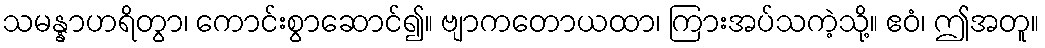
သမန္နာဟရိတွာ၊ ကောင်းစွာဆောင်၍။ ဗျာကတောယထာ၊ ကြားအပ်သကဲ့သို့။ ဧဝံ၊ ဤအတူ။